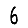
Digit: 6